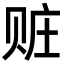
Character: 赃